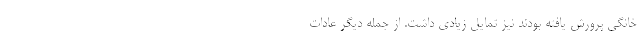
خانگی پرورش یافته بودند نیز تمایل زیادی داشت. از جمله دیگر عادات